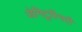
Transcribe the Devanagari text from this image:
जेनिटूरिनरी